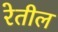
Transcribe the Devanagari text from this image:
रेतील